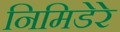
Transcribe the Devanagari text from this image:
निमिडेरे